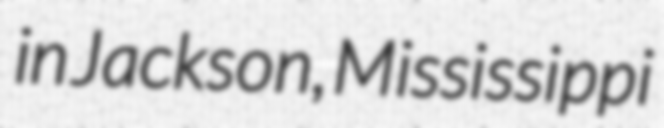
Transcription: in Jackson, Mississippi